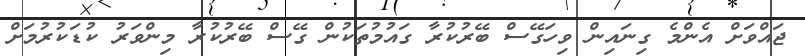
ޖައްވަށް އެންމެ ގިނައިން ވިހަގޭސް ބޭރުކުރާ ގައުމުތަކުން ގޭސް ބޭރުކުރާ މިންވަރު ކުޑަކުރުމަށް